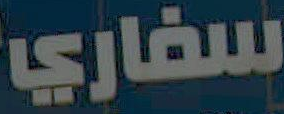
سفاري